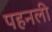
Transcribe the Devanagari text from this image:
पहनली